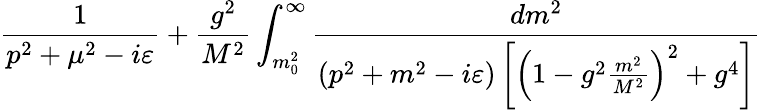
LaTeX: {\frac{1}{p^{2}+\mu^{2}-i\varepsilon}}+{\frac{g^{2}}{M^{2}}}\int_{m_{0}^{2}}^{\infty}{\frac{dm^{2}}{\left(p^{2}+m^{2}-i\varepsilon\right)\left[\left(1-g^{2}{\frac{m^{2}}{M^{2}}}\right)^{2}+g^{4}\right]}}